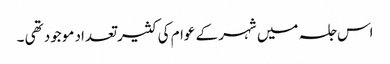
اس جلسہ میں شہر کے عوام کی کثیر تعداد موجود تھی ۔